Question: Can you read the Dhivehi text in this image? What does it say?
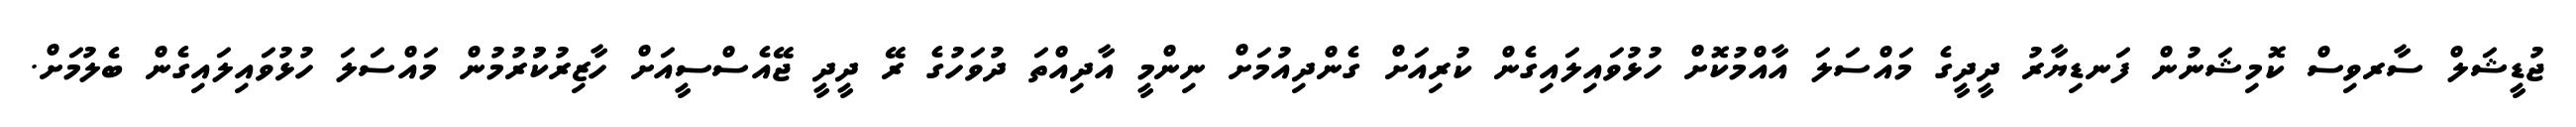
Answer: ޖުޑީޝަލް ސާރވިސް ކޮމިޝަނުން ފަނޑިޔާރު ދީދީގެ މައްސަލަ އާއްމުކޮށް ހުޅުވައިލައިގެން ކުރިއަށް ގެންދިއުމަށް ނިންމީ އާދިއްތަ ދުވަހުގެ ރޭ ދީދީ ޖޭއެސްސީއަށް ހާޒިރުކުުރުމުން މައްސަލަ ހުޅުވައިލައިގެން ބެލުމަށް.